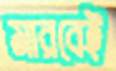
মারবেই